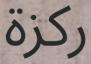
ركزة